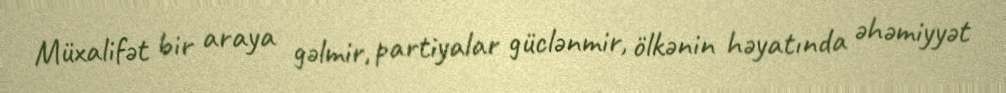
Müxalifət bir araya gəlmir, partiyalar güclənmir, ölkənin həyatında əhəmiyyət